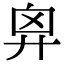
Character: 𢍄